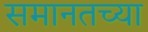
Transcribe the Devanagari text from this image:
समानतच्या